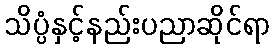
သိပ္ပံနှင့်နည်းပညာဆိုင်ရာ